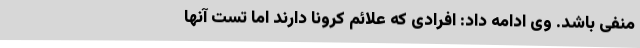
منفی باشد. وی ادامه داد: افرادی که علائم کرونا دارند اما تست آنها